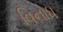
વિનોધ